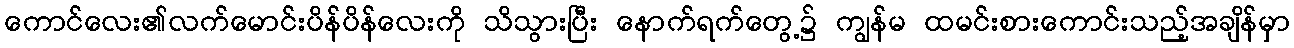
ကောင်လေး၏လက်မောင်းပိန်ပိန်လေးကို သိသွားပြီး နောက်ရက်တွေ့၌ ကျွန်မ ထမင်းစားကောင်းသည့်အချိန်မှာ